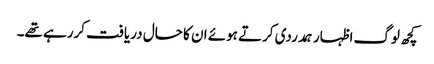
کچھ لوگ اظہار ہمدردی کرتے ہوئے ان کا حال دریافت کررہے تھے۔